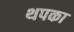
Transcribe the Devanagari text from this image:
थपका